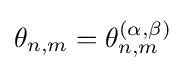
\theta _{n,m}=\theta _{n,m}^{(\alpha ,\beta )}